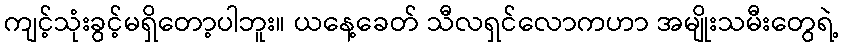
ကျင့်သုံးခွင့်မရှိတော့ပါဘူး။ ယနေ့ခေတ် သီလရှင်လောကဟာ အမျိုးသမီးတွေရဲ့